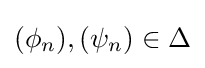
(\phi _{n}),(\psi _{n})\in \Delta